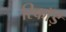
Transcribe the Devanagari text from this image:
रिकॉर्ड़